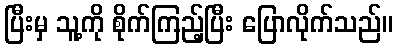
ပြီးမှ သူ့ကို စိုက်ကြည့်ပြီး ပြောလိုက်သည်။